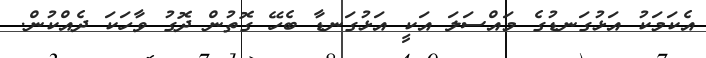
އެކަމަކު އަޅުގަނޑުގެ މައްސަލަ އަކީ އަޅުގަނޑާ ބެހޭ ގޮތުން ދޮގު ވާހަކަ ދެއްކުން.